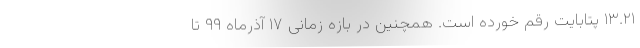
۱۳.۲۱ پتابایت رقم خورده است. همچنین در بازه زمانی ۱۷ آذرماه ۹۹ تا